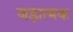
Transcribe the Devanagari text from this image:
जड़ात्मक